Bombay plague: being a history of the progress of plague in the Bombay presidency from September 1896 to June 1899
Year: 1896
Disease focus: Plague
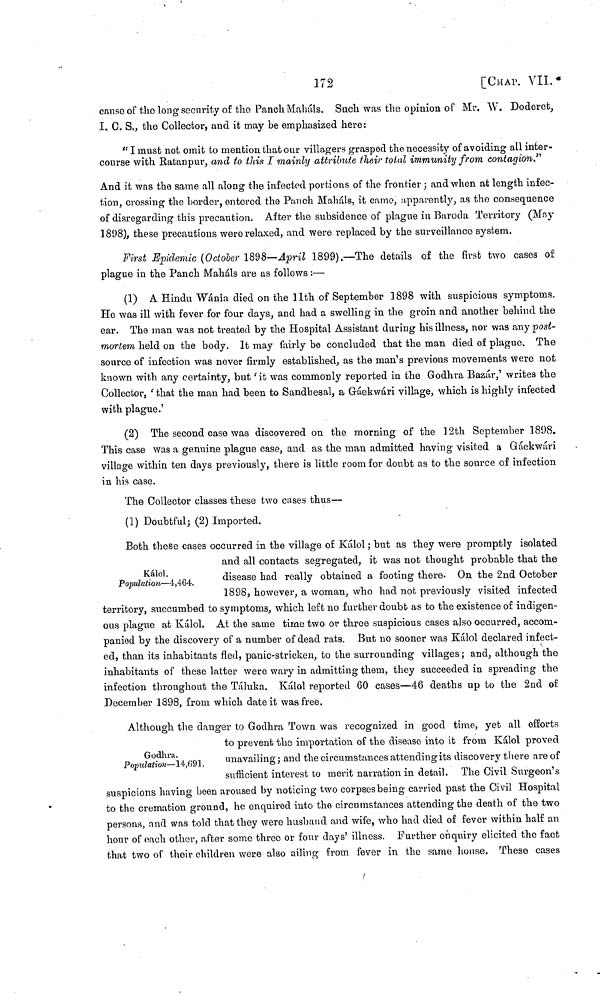
172
[CHAP. VII.
canso of the long security of the Panch Mahals. Such was the opinion of Mr. W. Doderet,
I. C. S., the Collector, and it may be emphasized here:
"I must not omit to mention that our villagers grasped the necessity of avoiding all inter-
course with Ratanpur, and to this I mainly attribute their total immunity from contagion."
And it was the same all along the infected portions of the frontier ; and when at length infec-
tion, crossing the horder, entered the Punch Mahals, it came, apparently, as the consequence
of disregarding this precaution. After the subsidence of plague in Baroda Territory (May
1898), these precautions were relaxed, and were replaced by the surveillance system.
First Epidemic (October 1898—April 1899).—The details of the first two cases of
plague in the Panch Mahals are as follows :—
(1) A Hindu Wánia died on the 11th of September 1898 with suspicious symptoms.
He was ill with fever for four days, and had a swelling in the groin and another behind the
ear. The man was not treated by the Hospital Assistant during his illness, nor was any post-
mortem held on the body. It may fairly be concluded that the man died of plague. The
source of infection was never firmly established, as the man's previous movements were not
known with any certainty, but 'it was commonly reported in the Godhra Bazár,' writes the
Collector, 'that the man had been to Sandhesal, a Gáekwári village, which is highly infected
with plague.'
(2) The second case was discovered on the morning of the 12th September 1898.
This case was a genuine plague case, and as the man admitted having visited a Gáekwári
village within ten days previously, there is little room for doubt as to the source of infection
in his case.
The Collector classes these two cases thus—
(1) Doubtful; (2) Imported.
Kálol.
Population—4,464.
Both these cases occurred in the village of Kálol ; but as they were promptly isolated
and all contacts segregated, it was not thought probable that the
disease had really obtained a footing there. On the 2nd October
1898, however, a woman, who had not previously visited infected
territory, succumbed to symptoms, which left no further doubt as to the existence of indigen-
ous plague at Kálol. At the same time two or three suspicious cases also occurred, accom-
panied by the discovery of a number of dead rats. But no sooner was Kálol declared infect-
ed, than its inhabitants fled, panic-stricken, to the surrounding villages ; and, although the
inhabitants of these latter were wary in admitting them, they succeeded in spreading the
infection throughout the Táluka. Kálol reported 60 cases—46 deaths up to the 2nd of
December 1898, from which date it was free.
Godhra.
Population—14,691.
Although the danger to Godhra Town was recognized in good time, yet all efforts
to prevent the importation of the disease into it from Kálol proved
unavailing ; and the circumstances attending its discovery there are of
sufficient interest to merit narration in detail. The Civil Surgeon's
suspicions having been aroused by noticing two corpses being carried past the Civil Hospital
to the cremation ground, he enquired into the circumstances attending the death of the two
persons, and was told that they were husband and wife, who had died of fever within half an
hour of each other, after some three or four days' illness. Further enquiry elicited the fact
that two of their children were also ailing from fever in the same house. These cases